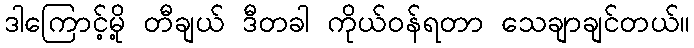
ဒါကြောင့်မို့ တီချယ် ဒီတခါ ကိုယ်ဝန်ရတာ သေချာချင်တယ်။